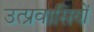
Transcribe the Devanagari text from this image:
उत्प्रवासियों